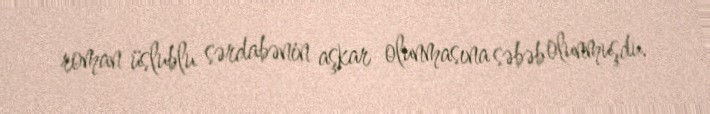
roman üslublu sərdabənin aşkar olunmasına səbəb olunmuşdu.